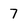
Character: 7